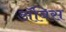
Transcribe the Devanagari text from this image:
ॲबिस